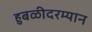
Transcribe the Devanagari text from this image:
हुबळीदरम्यान